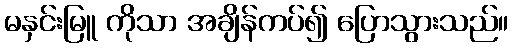
မနှင်းမြူ ကိုသာ အချိန်ကပ်၍ ပြောသွားသည်။